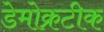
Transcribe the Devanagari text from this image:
डेमोक्रटीक